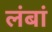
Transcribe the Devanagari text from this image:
लंबां